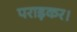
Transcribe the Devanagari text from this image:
पराड़कर।